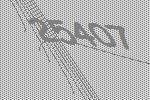
25407